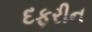
દફરીન